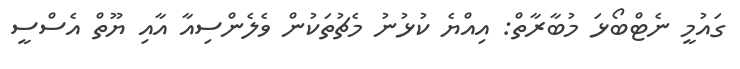
ގައުމީ ނެޓްބޯޅަ މުބާރާތް: އިއްޔެ ކުޅުނު މެޗުތަކުން ވެލެންސިއާ އާއި ޔޫތް އެސްސީ